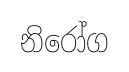
නිරෝග